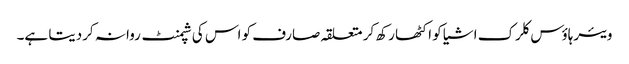
ویئرہاؤس کلرک اشیا کو اکٹھا رکھ کر متعلقہ صارف کو اس کی شپمنٹ روانہ کردیتا ہے۔